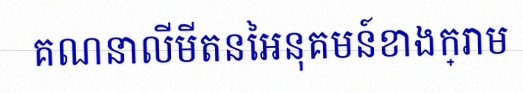
គណនាលីមីតនៃអនុគមន៍ខាងក្រោម